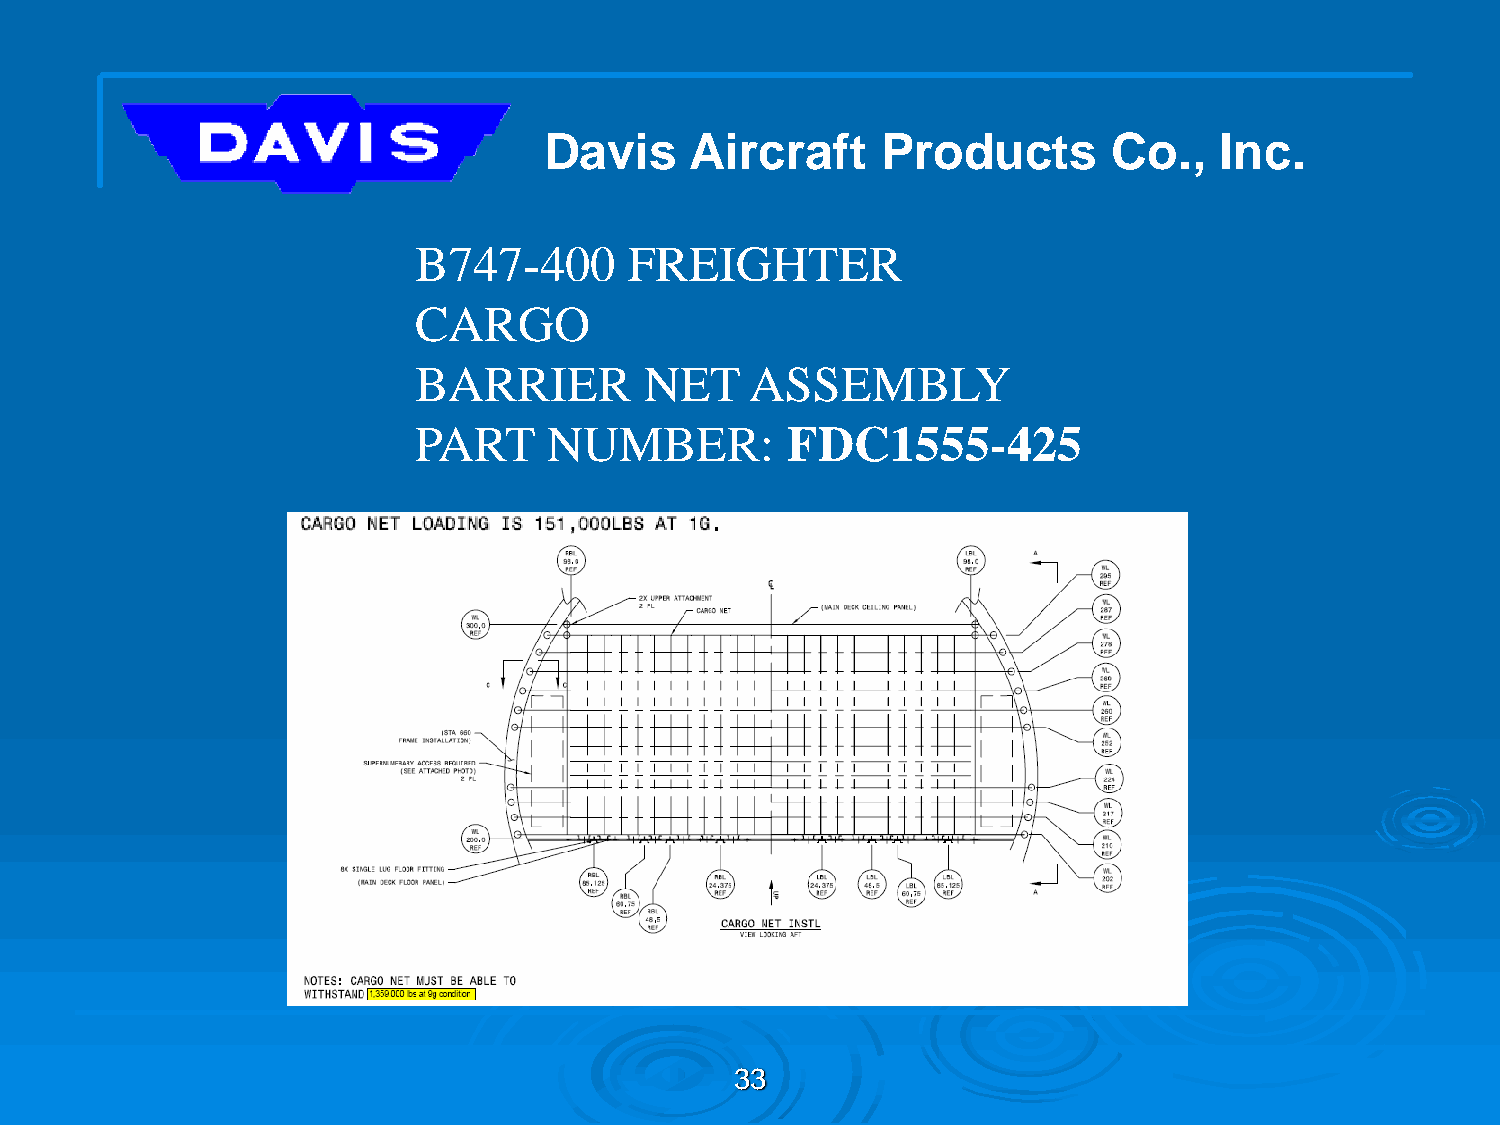
Davis     Aircraft    Products        Co.,   Inc.
 B747-400       FREIGHTER
 CARGO
 BARRIER         NET    ASSEMBLY
 PART     NUMBER:         FDC1555-425
 33